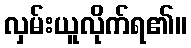
လှမ်းယူလိုက်ရ၏။